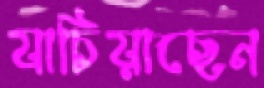
যাচিয়াছেন